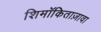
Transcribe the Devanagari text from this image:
शिमॉकिताज़ावा